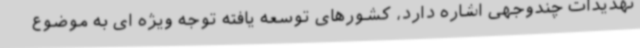
تهدیدات چندوجهی اشاره دارد، کشورهای توسعه یافته توجه ویژه ای به موضوع